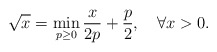
\begin{align*}\sqrt{x} = \min_{p\geq 0} \frac{x}{2p} + \frac{p}{2}, \quad\forall x>0.\end{align*}